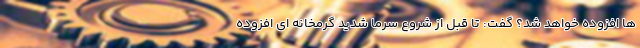
ها افزوده خواهد شد؟ گفت: تا قبل از شروع سرما شدید گرمخانه ای افزوده